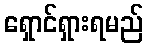
ရှောင်ရှားရမည်